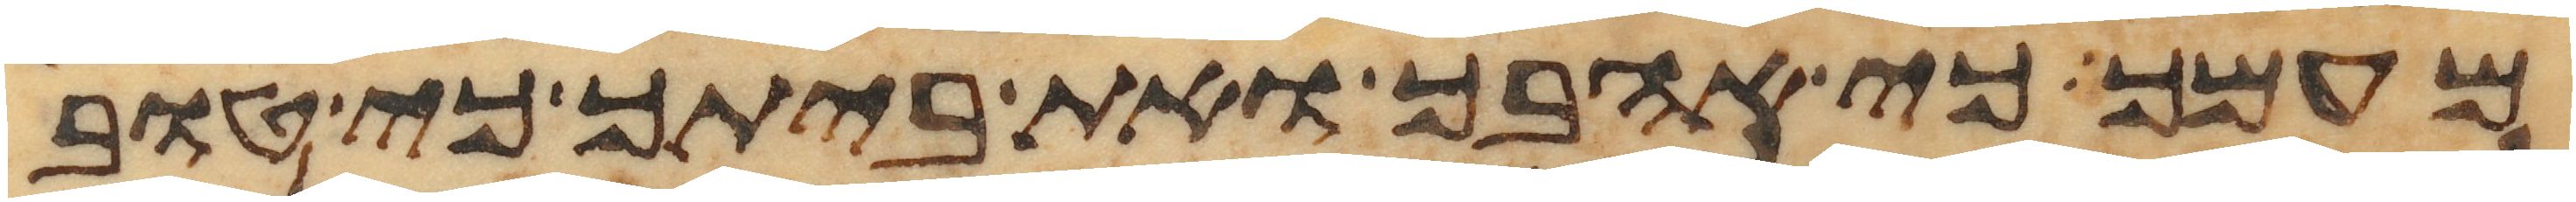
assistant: מעמך כי אהבך ואת ביתך כי טוב